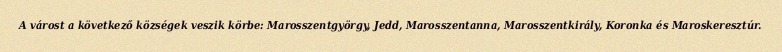
A várost a következő községek veszik körbe: Marosszentgyörgy, Jedd, Marosszentanna, Marosszentkirály, Koronka és Maroskeresztúr.